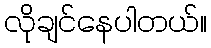
လိုချင်နေပါတယ်။